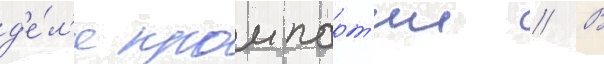
д'е́л'е промпарт'ии // В